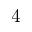
4